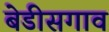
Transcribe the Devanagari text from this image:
बेडीसगाव